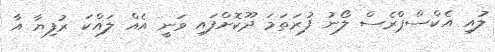
ލުއި އެކްސްޕްރެސް ލޯނު ފުރަތަމަ ދޫކޮށްފައި ވަނީ އެއް ލައްކަ ރުފިޔާ އާ